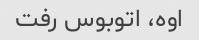
اوه، اتوبوس رفت